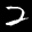
Label: 2